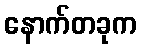
နောက်တခုက